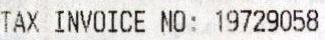
TAX INVOICE NO: 19729058